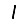
Digit: 1